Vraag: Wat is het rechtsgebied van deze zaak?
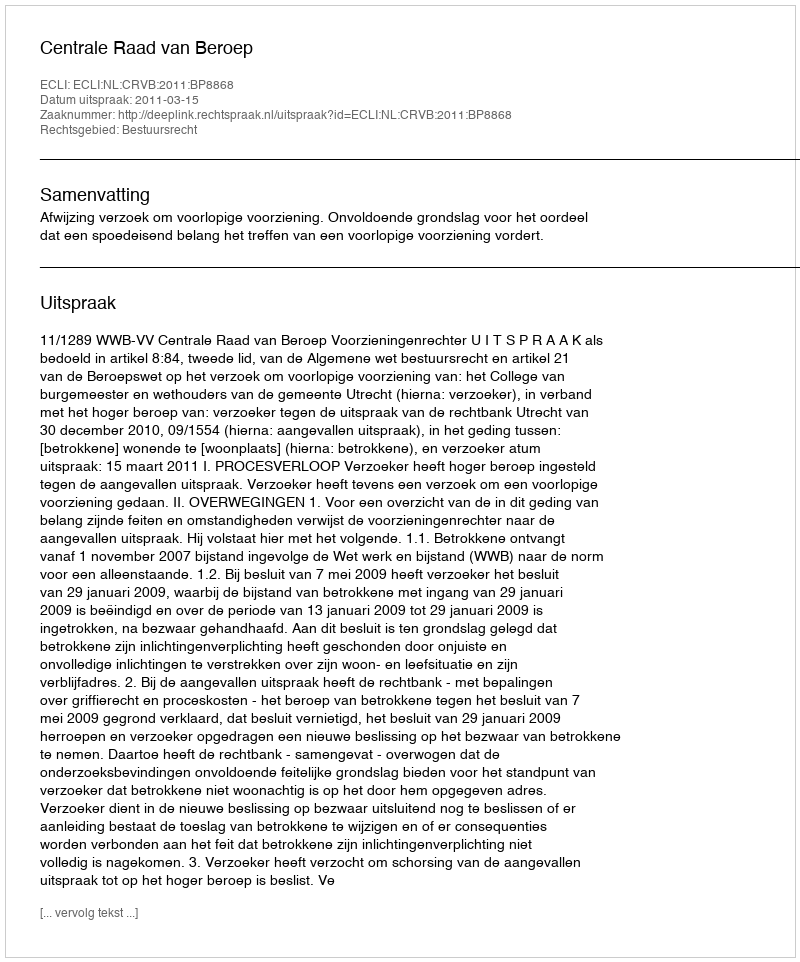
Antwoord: Bestuursrecht